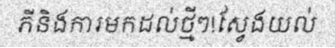
ភីនិងការមកដល់ថ្មីៗ!ស្វែងយល់